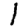
Digit: 1